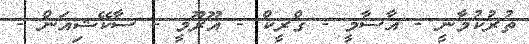
ތުރުކުމާނީ - އާސާމީ - ގްރީކް - އޫރޫމީ - ސާކޭޝިއަން -